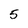
Character: 5